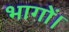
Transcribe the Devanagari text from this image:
भागों।